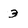
Character: 3